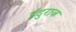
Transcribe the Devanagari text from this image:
इंदुराज